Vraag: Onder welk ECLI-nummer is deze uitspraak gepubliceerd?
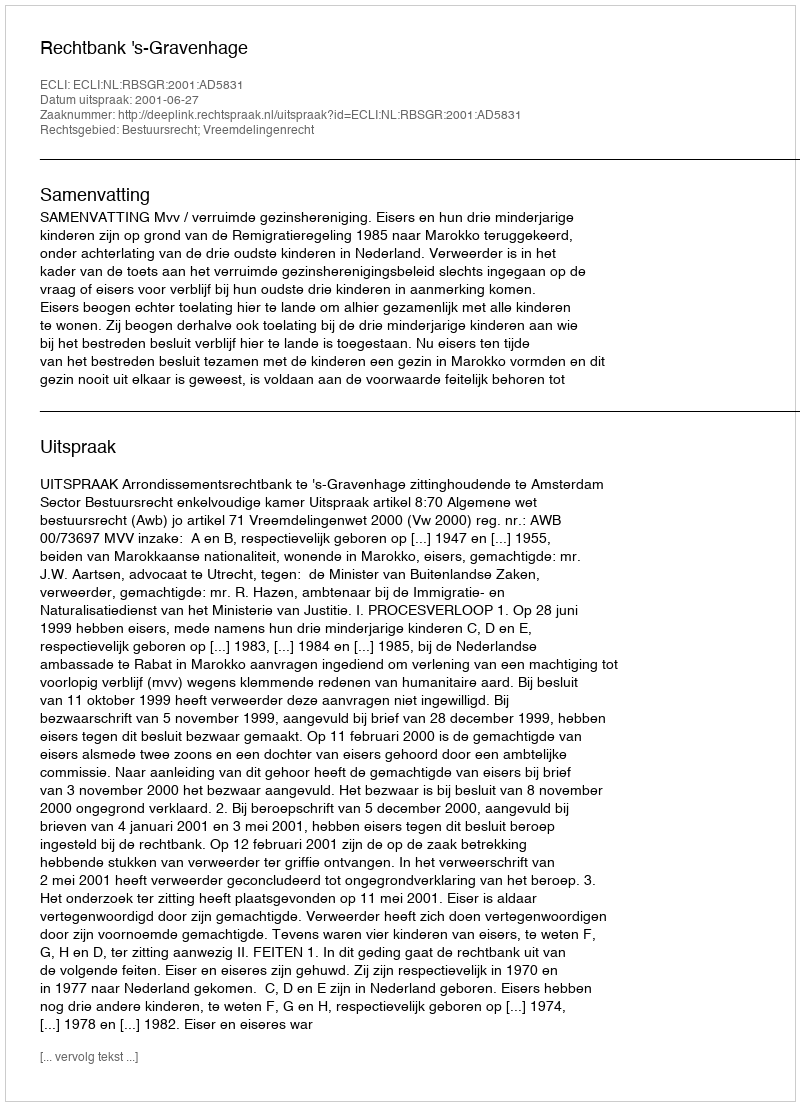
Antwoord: ECLI:NL:RBSGR:2001:AD5831